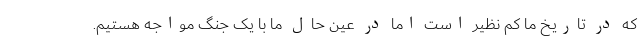
که در تاریخ ما کم نظیر است اما در عین حال ما با یک جنگ مواجه هستیم.